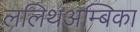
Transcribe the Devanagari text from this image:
ललिथअम्बिका